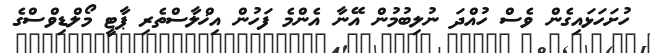
ހުށަހަޅައިގެން ވެސް ހުއްދަ ނުލިބުމުން އޭނާ އެންމެ ފަހުން އިޚްލާސްތެރި ޕާޓީ މޯލްޑިވްސްގެ